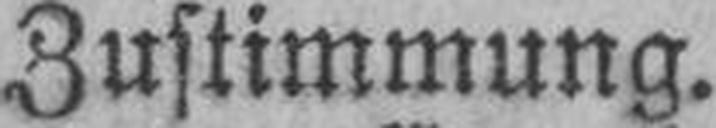
Zustimmung.